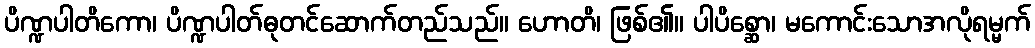
ပိဏ္ဍပါတိကော၊ ပိဏ္ဍပါတ်ဓုတင်ဆောက်တည်သည်။ ဟောတိ၊ ဖြစ်၏။ ပါပိစ္ဆော၊ မကောင်းသောအလိုရမ္မက်